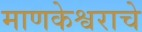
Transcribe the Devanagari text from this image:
माणकेश्वराचे